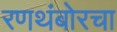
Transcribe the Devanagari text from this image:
रणथंबोरचा